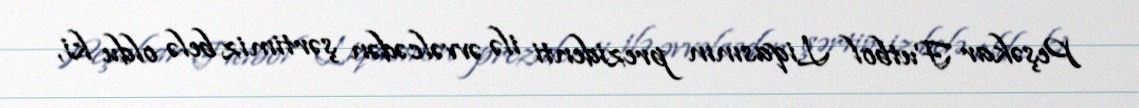
Peşəkar Futbol Liqasının prezidenti ilə əvvəlcədən şərtimiz belə oldu ki,